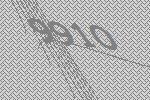
9910